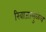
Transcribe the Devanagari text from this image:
रिवाजामुळेच